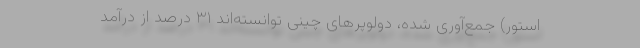
‌استور) جمع‌آوری شده، دولوپرهای چینی توانسته‌اند ۳۱ درصد از درآمد